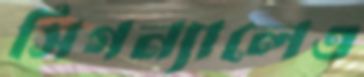
সিগন্যালেও